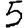
Digit: 5